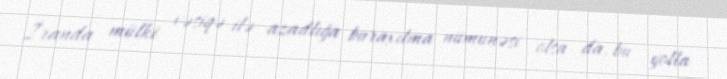
İranda mülki vəsiqə ilə azadlığa buraxılma nümunəsi olsa da, bu yolla